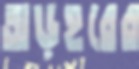
অড়হরের